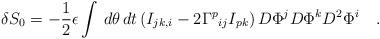
LaTeX: \begin{align*}\delta S_0 = -\frac{1}{2} \epsilon \int \,d \theta \,dt \left( I_{jk,i} - 2 {\Gamma^p}_{ij} I_{pk} \right) D\Phi^j D \Phi^k D^2 \Phi^i \quad. \end{align*}